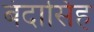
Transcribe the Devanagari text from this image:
बंदासिंह